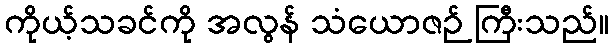
ကိုယ့်သခင်ကို အလွန် သံယောဇဉ် ကြီးသည်။